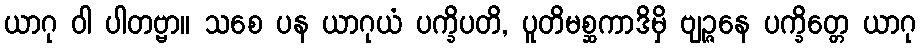
ယာဂု ဝါ ပါတဗ္ဗာ။ သစေ ပန ယာဂုယံ ပက္ခိပတိ, ပူတိမစ္ဆကာဒိမှိ ဗျဉ္ဇနေ ပက္ခိတ္တေ ယာဂု